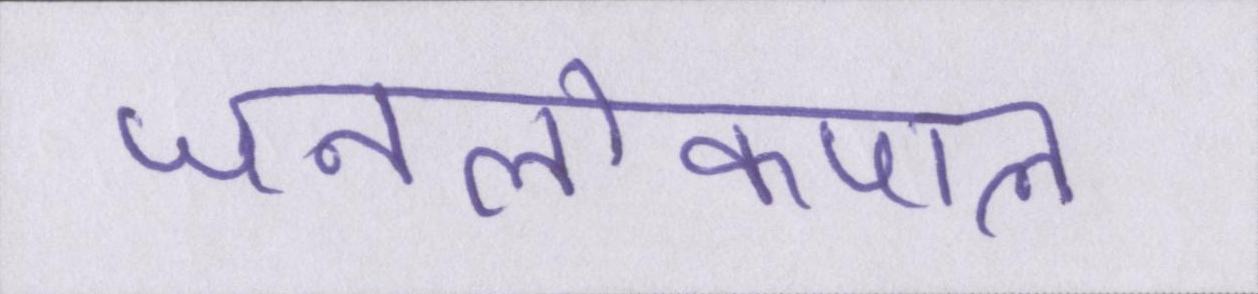
जनलोकपाल